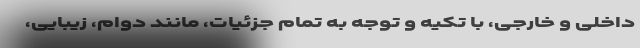
داخلی و خارجی، با تکیه و توجه به تمام جزئیات، مانند دوام، زیبایی،